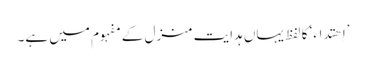
’اِھتدَاء‘ کا لفظ یہاں ہدایت منزل کے مفہوم میں ہے۔